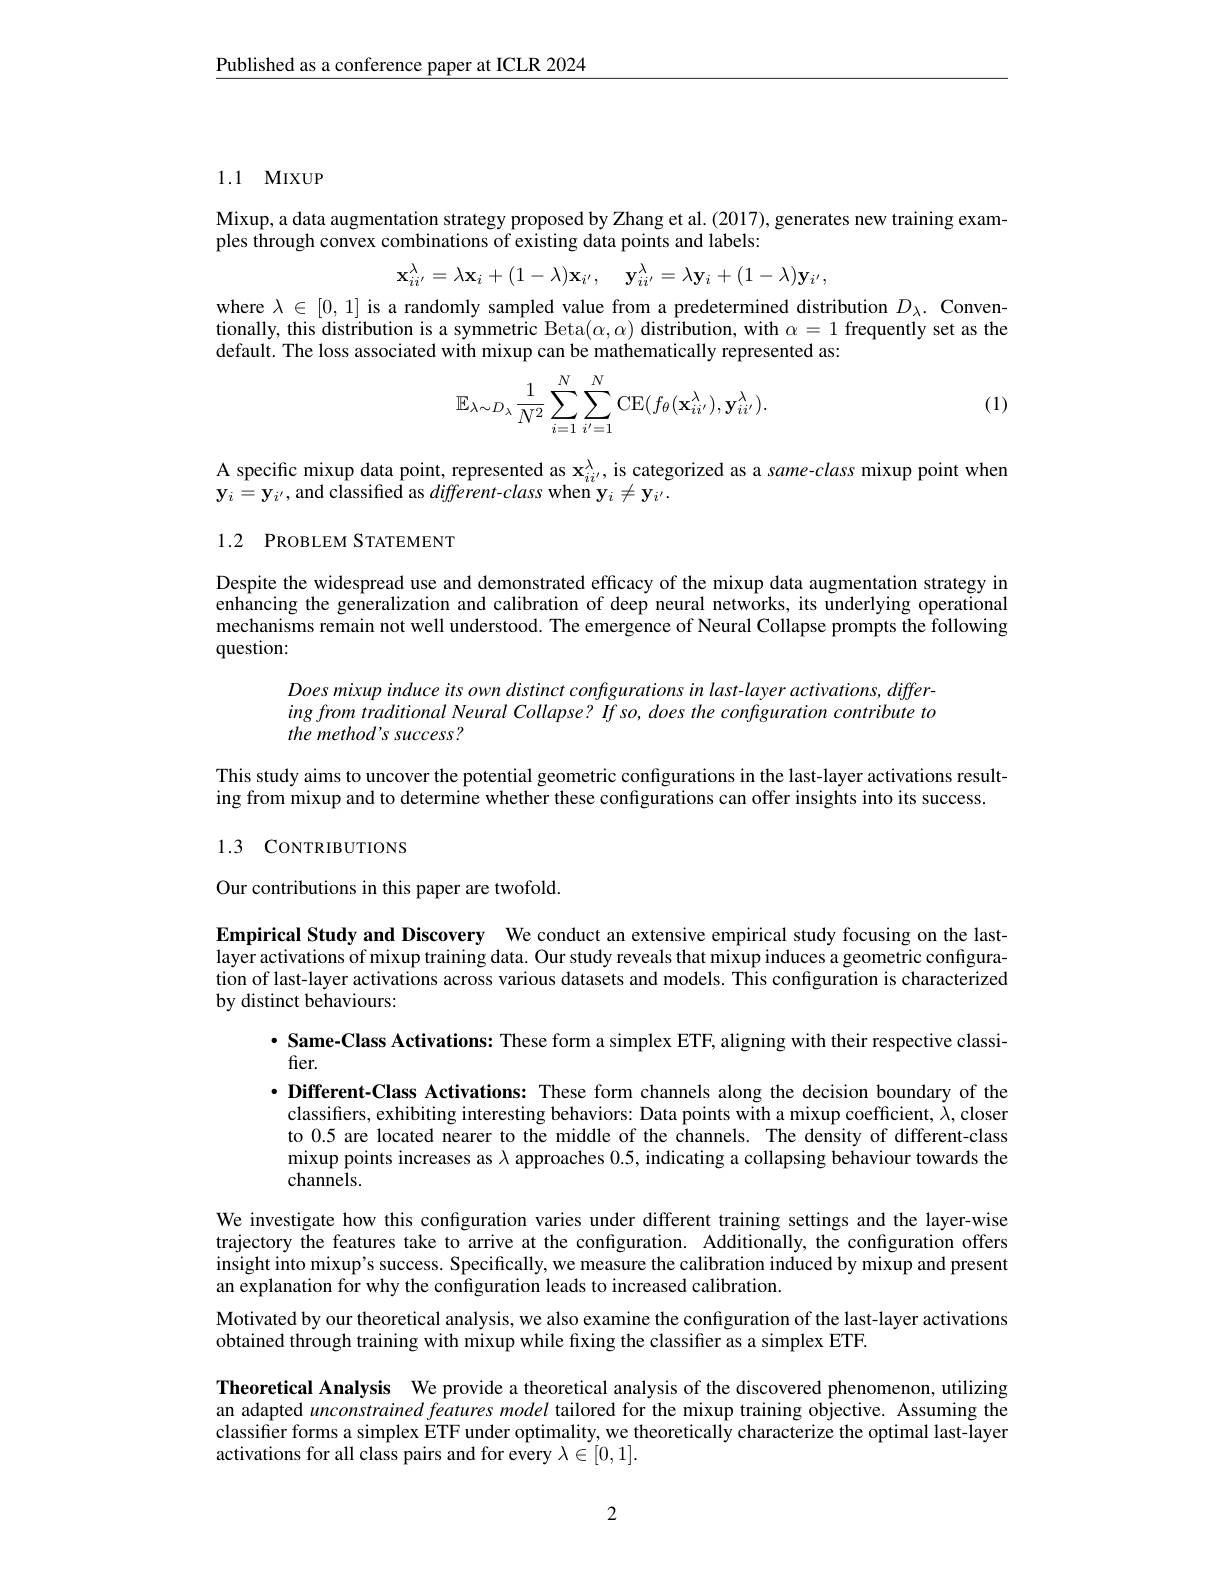
$\underline{\text{Published as a conference paper at ICLR 2024}}$

### 1.1 MIXUP

Mixup, a data augmentation strategy proposed by Zhang et al. (2017), generates new training exam-
ples through convex combinations of existing data points and labels:
$$\mathbf{x}_{ii'}^{\lambda}=\lambda\mathbf{x}_{i}+(1-\lambda)\mathbf{x}_{i'},\quad\mathbf{y}_{ii'}^{\lambda}=\lambda\mathbf{y}_{i}+(1-\lambda)\mathbf{y}_{i'},$$
where $\lambda\in[0,1]$ is a randomly sampled value from a predetermined distribution $D_\lambda.$ Conventionally, this distribution is a symmetric Beta$(\alpha,\alpha)$ distribution, with $\alpha=1$ frequently set as the default. The loss associated with mixup can be mathematically represented as:
$$\mathbb{E}_{\lambda\sim D_\lambda}\frac{1}{N^2}\sum_{i=1}^N\sum_{i'=1}^N\mathrm{CE}(f_\theta(\mathbf{x}_{ii'}^\lambda),\mathbf{y}_{ii'}^\lambda).$$
(1)

A specific mixup data point, represented as $\mathbf{x}_{ii}^\lambda$, is categorized as a same-class mixup point when
$\mathbf{y}_{i}=\mathbf{y}_{i^{\prime}}$, and classified as $different-class$ when y$_i\neq\mathbf{y}_{i^{\prime}}.$

## 1.2 PROBLEM STATEMENT

Despite the widespread use and demonstrated efficacy of the mixup data augmentation strategy in enhancing the generalization and calibration of deep neural networks, its underlying operational mechanisms remain not well understood. The emergence of Neural Collapse prompts the following question:

Does mixup induce its own distinct configurations in last-layer activations, differing from traditional Neural Collapse? If so, does the configuration contribute to the method's success?

This study aims to uncover the potential geometric configurations in the last-layer activations resulting from mixup and to determine whether these configurations can offer insights into its success. 1.3 CONTRIBUTIONS

Our contributions in this paper are twofold.

Empirical Study and Discovery We conduct an extensive empirical study focusing on the lastlayer activations of mixup training data. Our study reveals that mixup induces a geometric configuration of last-layer activations across various datasets and models. This confguration is characterized by distinct behaviours:

$\cdot$ Same-Class Activations: These form a simplex ETF, aligning with their respective classi-
fier.
$\cdot \textbf{ Different- Class Activations: These form channels along the decision boundary of the}$ classifiers, exhibiting interesting behaviors: Data points with a mixup coefficient, $\lambda$, closer to 0.5 are located nearer to the middle of the channels. The density of different-class mixup points increases as $\lambda$ approaches 0.5, indicating a collapsing behaviour towards the channels.
We investigate how this configuration varies under different training settings and the layer-wise trajectory the features take to arrive at the configuration. Additionally, the configuration offers insight into mixup's success. Specifically, we measure the calibration induced by mixup and present an explanation for why the confguration leads to increased calibration.
Motivated by our theoretical analysis, we also examine the configuration of the last-layer activations
obtained through training with mixup while fixing the classifier as a simplex ETF.
Theoretical Analysis We provide a theoretical analysis of the discovered phenomenon, utilizing an adapted unconstrained features model tailored for the mixup training objective. Assuming the classifier forms a simplex ETF under optimality, we theoretically characterize the optimal last-layer activations for all class pairs and for every $\lambda\in[0,1].$

2